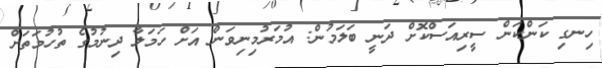
ހިނގި ކަންކަން ސީރިއަސްކޮށް ދަނީ ބަލަމުން: އުމަރުމިނިވަން އަށް ހަމަލާ ދިނުމުގެ ތުހުމަތަށް